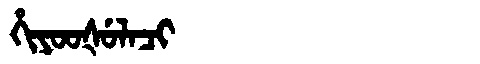
Manchu: ᡥᡳᠶᠣᠣᡧᡠᠯᠠᠴᡳ
Romanization: HIYOOŠULACI